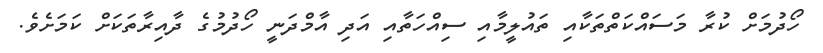
ހޯދުމަށް ކުރާ މަސައްކަތްތަކާއި ތައުލީމާއި ސިއްހަތާއި އަދި އާމްދަނީ ހޯދުމުގެ ދާއިރާތަކަށް ކަމަށެވެ.